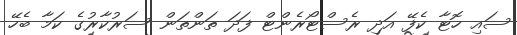
ސައި ހޮޓާ ކެފޭ އަދި ރެސްޓޯރެންޓް ފަދަ ތަންތަން ސަރުކާރުގެ ކަމާ ބެހޭ